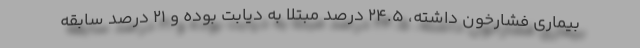
بیماری فشارخون داشته، 24.5 درصد مبتلا به دیابت بوده و ۲۱ درصد سابقه